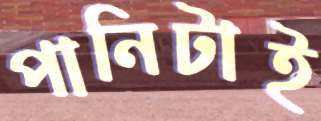
পানিটাই